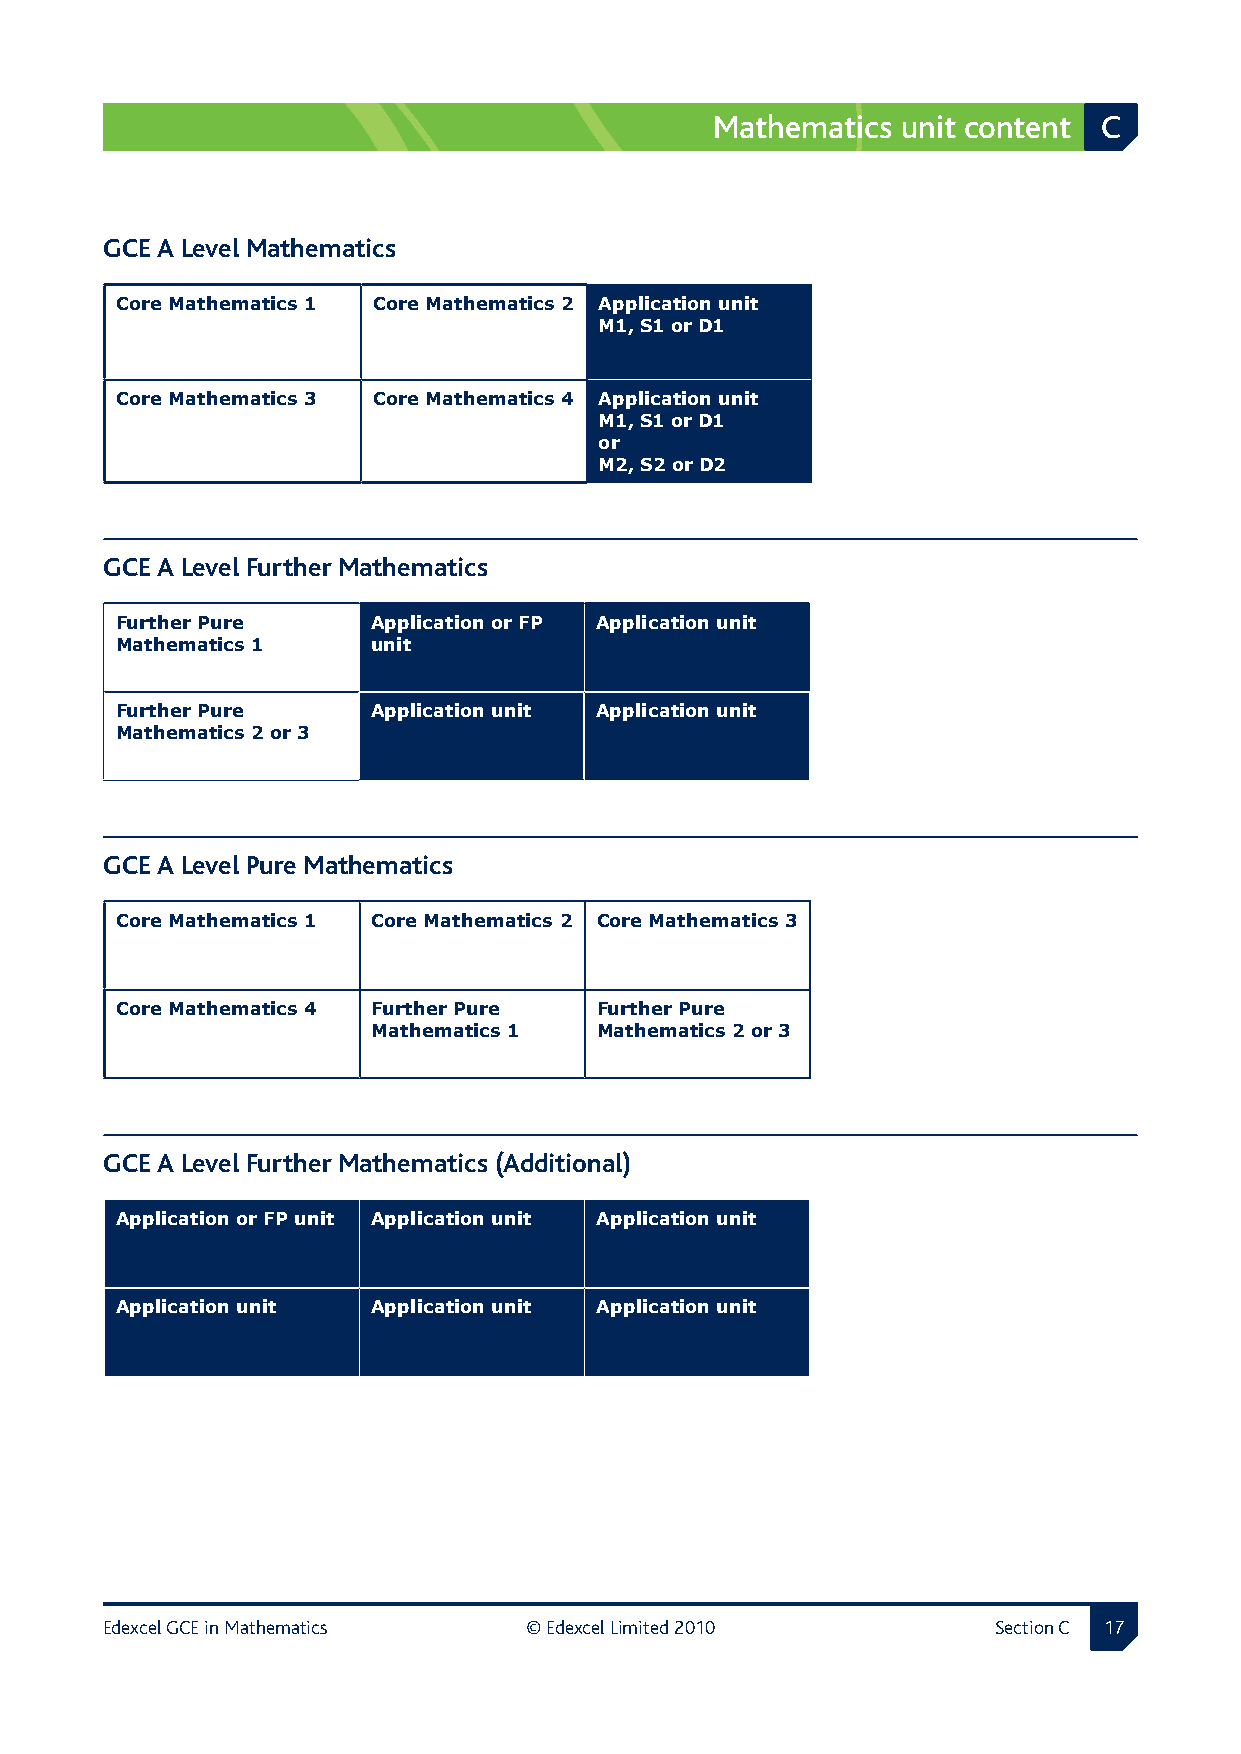
Mathematics  unit content C
 GCE A Level Mathematics
 Core Mathematics 1 Core Mathematics 2 Application unit
 M1, S1 or D1
 Core Mathematics 3 Core Mathematics 4 Application unit
 M1, S1 or D1
 or
 M2, S2 or D2
 GCE A Level Further Mathematics
 Further Pure     Application or FP Application unit
 Mathematics 1    unit
 Further Pure     Application unit Application unit
 Mathematics 2 or 3
 GCE A Level Pure Mathematics
 Core Mathematics 1 Core Mathematics 2 Core Mathematics 3
 Core Mathematics 4 Further Pure Further Pure
 Mathematics 1 Mathematics 2 or 3
 GCE A Level Further Mathematics (Additional)
 Application or FP unit Application unit Application unit
 Application unit Application unit Application unit
 Edexcel GCE in Mathematics  © Edexcel Limited 2010         Section C 1